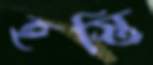
হস্তি